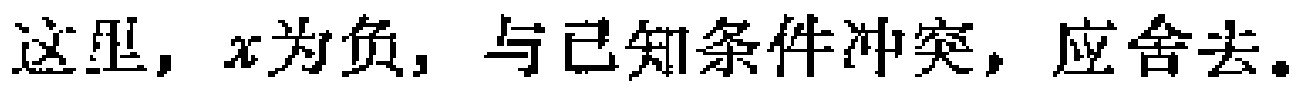
这里，$x$为负，与已知条件冲突，应舍去。